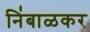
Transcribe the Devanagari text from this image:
नि॑बाळकर